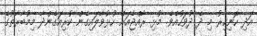
އަދި ހޮނިހިރު މި ދެ ދުވަހުއެވެ. މުޅި ރާއްޖެއަށް ހުޅުވާލައިގެން ކުރިއަގެންދާ މިމުބާރާތުގެ